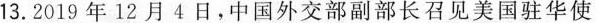
13.2019年12月4日，中国外交部副部长召见美国驻华使